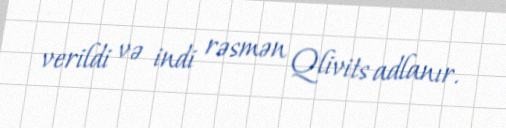
verildi və indi rəsmən Qlivits adlanır.